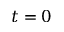
t = 0